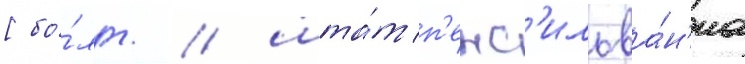
[бо́лг. / шта́т п'енс'ильва́н'иа